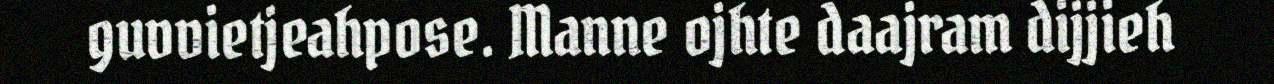
guvvietjeahpose. Manne ojhte daajram dijjieh